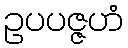
ဥပပဇ္ဇဟံ